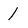
Character: 1